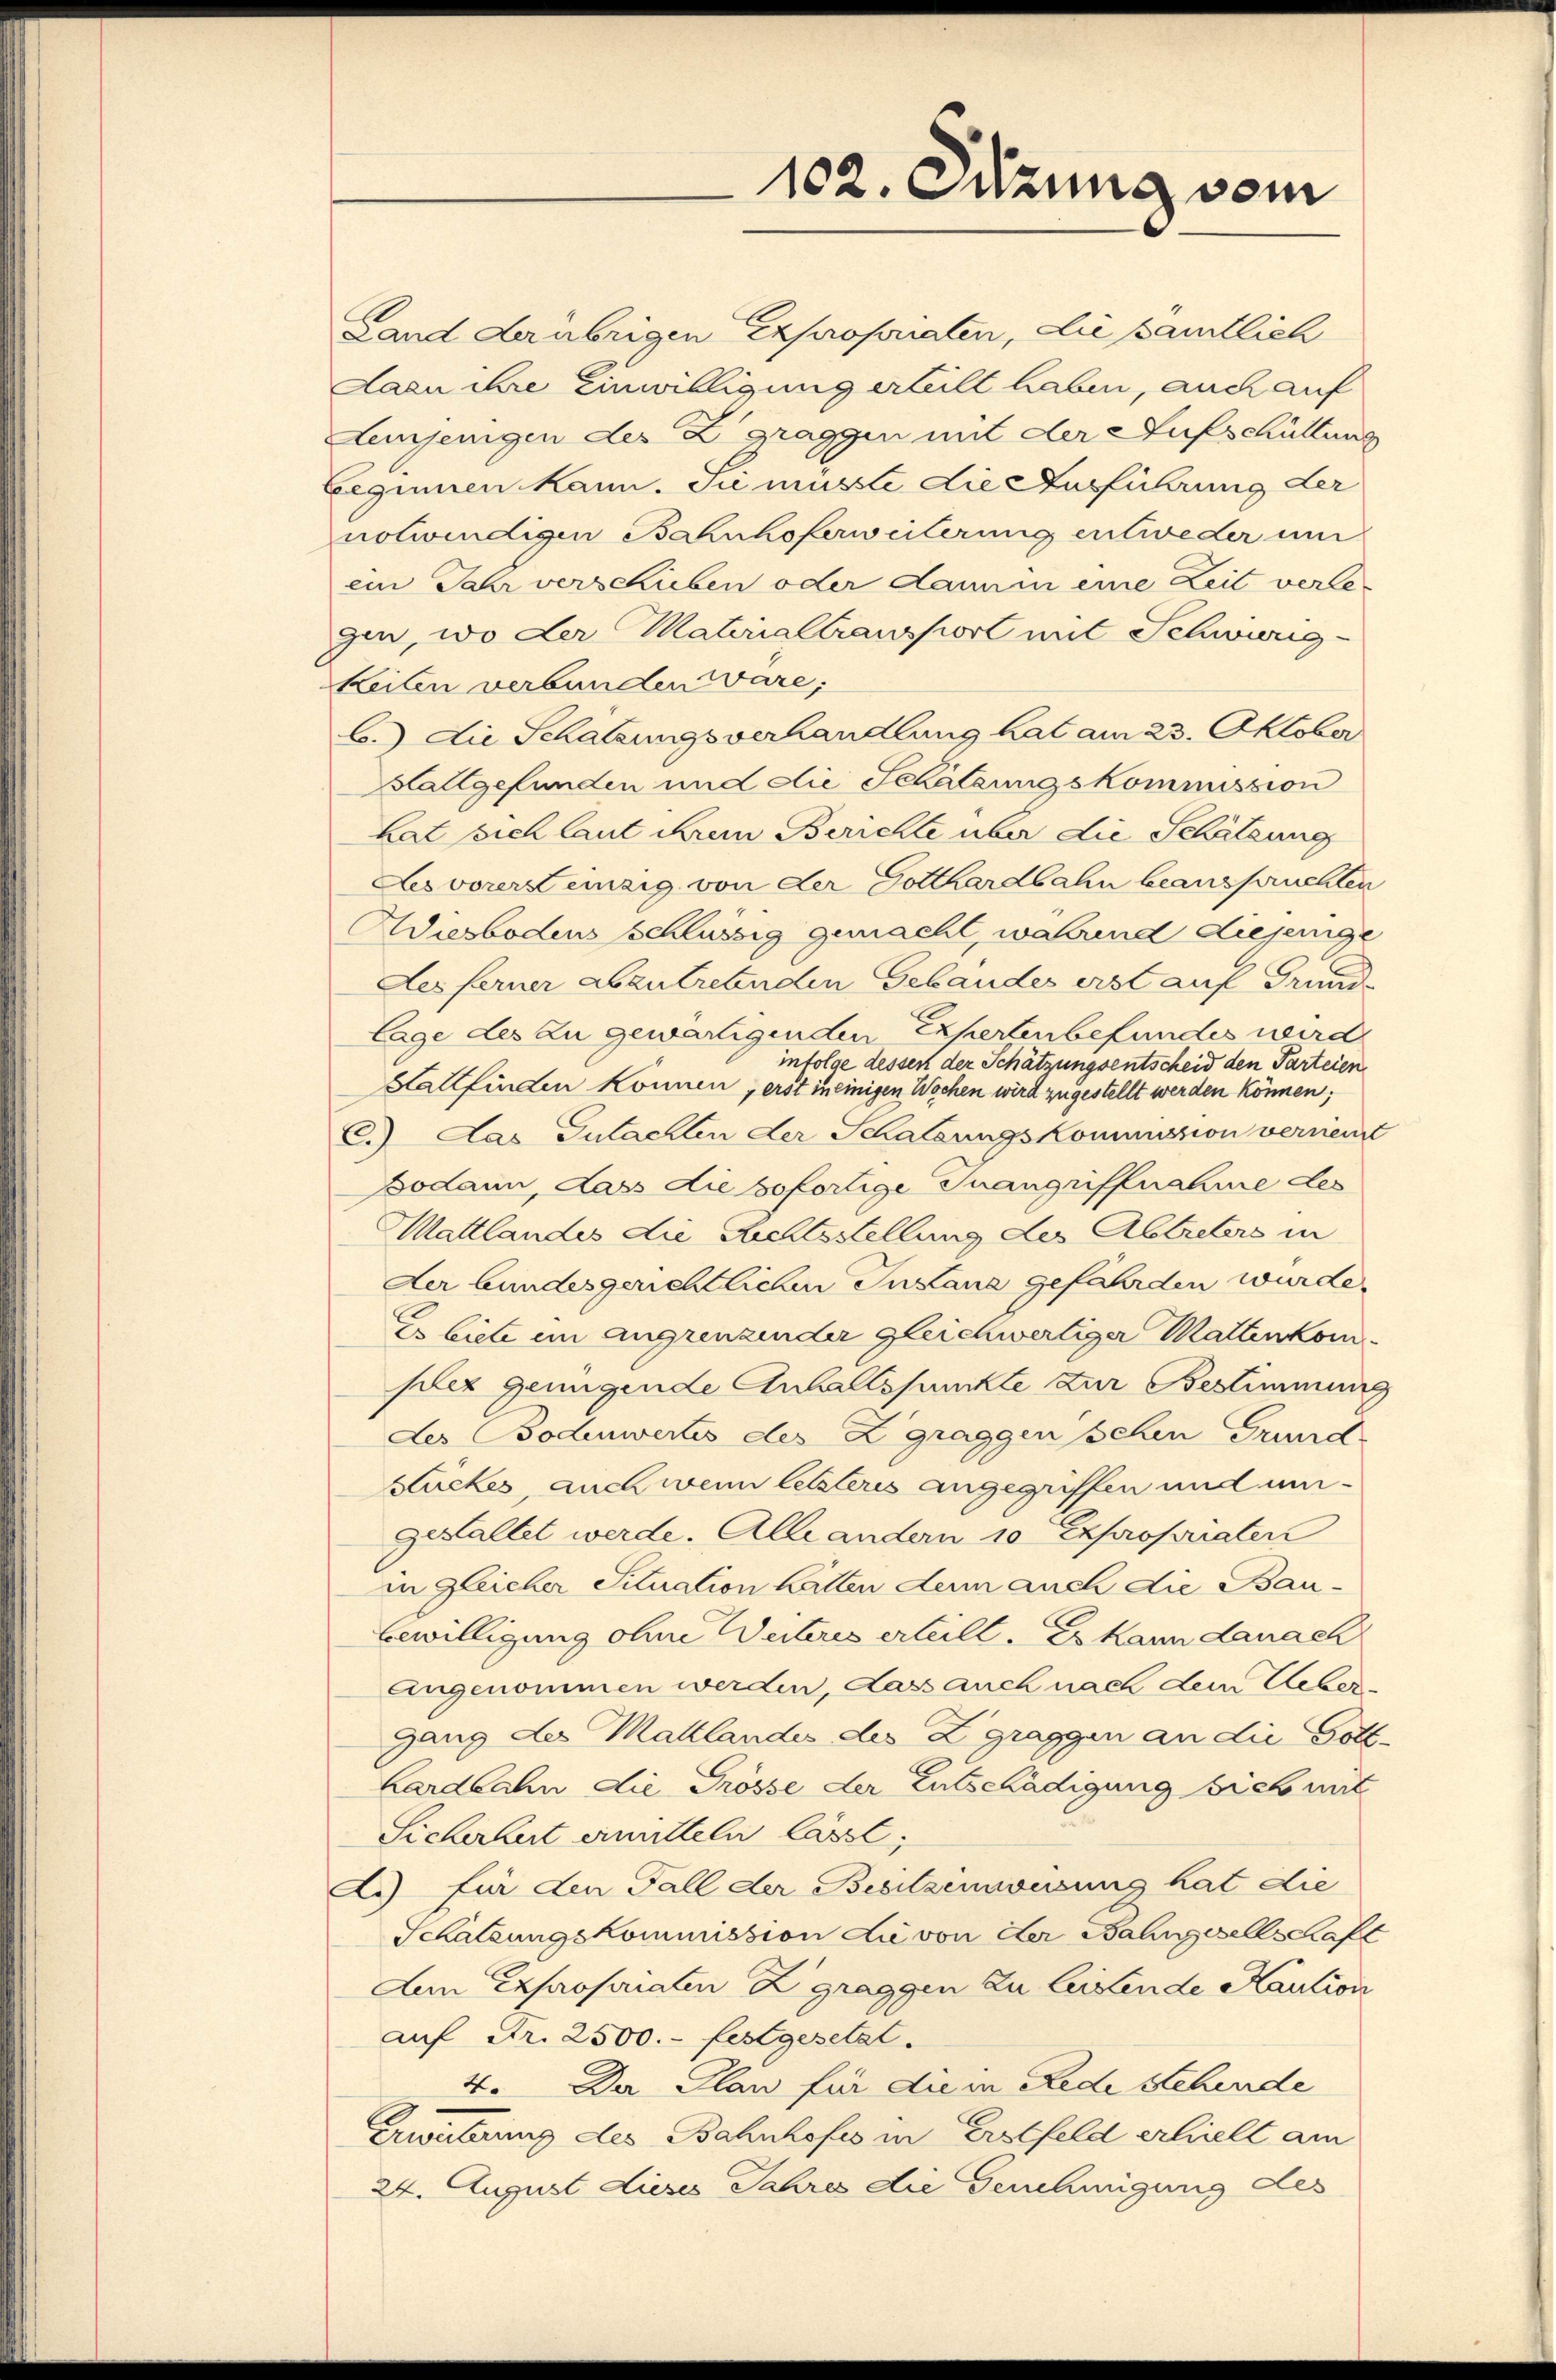
102. Sitzung vom

Land der übrigen Expropriaten, die sämtlich
Laen ihre Einwilligung erteilt haben, auch auf
Lemjenigen des Zgraggen mit der Aufschüttung
Eeginnen kann. Sie musste die Ausführung der
notwendigen Bahnhoferweiterung entweder um
ein Jahr verschieben oder Kann in eine Zeit verlegin, wo der Materialtransport mit Schwürig-
keiten verbunden wäre,
b.) die Schatzungsverhandlung hat am 23. Oktober
Haltgefunden und die Schätzungskommission
hat sich laut ihrem Berichte über die Schätzung
Lesvorerst einzig von der Gotthardbahn beanspruchten
Adisbodens schlüssig gemacht, wahrend diejenige
Des ferner abzutretenden Gebäudes erst auf Grund-
lage des zu gewärtigenden Expertenbefundes wird
infolge dessen der Schätzungsentscheid den Parteien
Kaltfinden können, erst in einigen Wochen wird zugestellt werden können;
C.) Das Gutachten der Schatzungskommission verseit
Dodann, dass die sofortige Inangriffnahme des
Mattlandes die Richtsstellung des Abtreters in
Der bundesgerichtlichen Inlane gefährden wurde.
Es biete im angrenzender gleichwertiger Mattenkomplez genügende Anhaltspunkte zur Bestimmung
Les Bodenwertes des Zgraggen sehen Grund
Stückes, auch wenn letzteres angegriffen und umgestaltet werde. Alle andern 10 Expropriaten
in gleicher Situation hätten denn auch die Baubewilligung ohne Weiteres erteilt. Es kann danach
angenommen werden, dass auch nach dem Uebergang des Mattlandes des Zgraggen an die Gott-
Lardbahn die Grösse der Entschädigung sich mit
Sicherhut ermitteln lässt,
A.) für den Fall der Besitzenweisung hat die
Schätzungskommission die von der Bahngesellschaft
Am Expropriaten Zgraggen zu leistende Kaution
auf Fr. 2500.- festgesetzt.
4. Da Plan für die in Rede Stehende
Erwüterung des Bahnhofes in Erstfeld erhielt am
24. August dieses Jahres die Genehmigung des